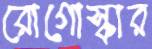
রোগোস্কার